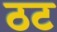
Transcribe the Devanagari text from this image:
ठट